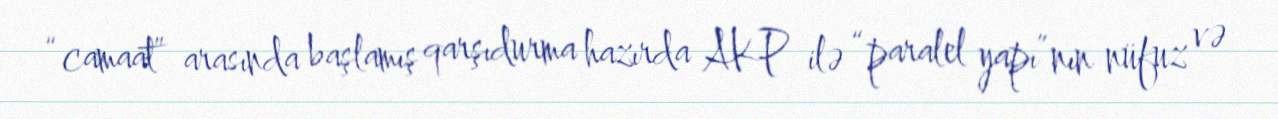
“camaat” arasında başlamış qarşıdurma hazırda AKP ilə “paralel yapı”nın nüfuz və